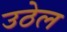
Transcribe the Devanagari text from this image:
उठेल